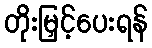
တိုးမြှင့်ပေးရန်